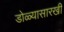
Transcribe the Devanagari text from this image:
डोळ्यासारखी